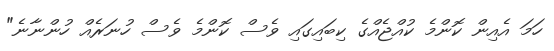
ހަމަ އެއިން ކޮންމެ ކުއްޖެއްގެ ކިބައިގައި ވެސް ކޮންމެ ވެސް ހުނަރެއް ހުންނާނެ"